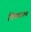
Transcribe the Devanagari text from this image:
निकटनम